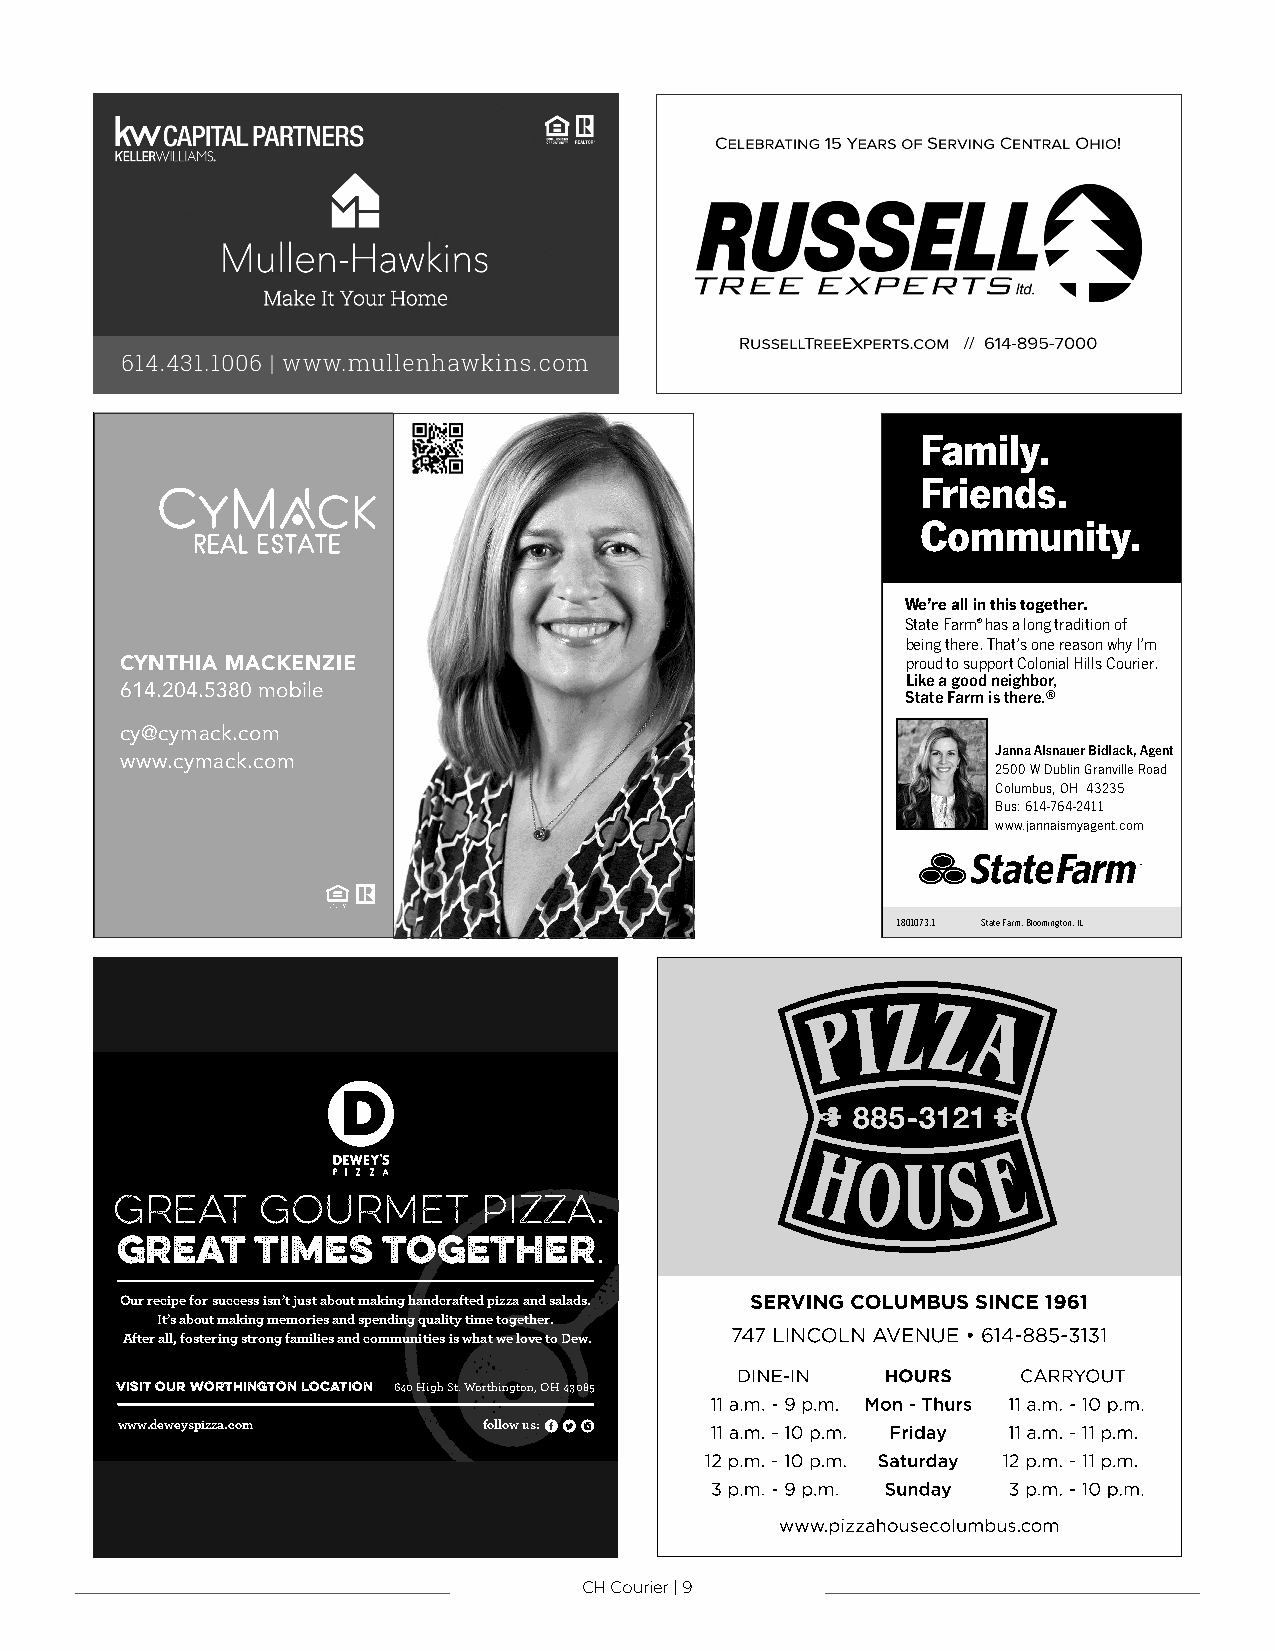
Family.
 Friends.
 Community.
 We’re all in this together.
 State Farm® has a long tradition of
 being there. That’s one reason why I’m
 CYNTHIA MACKENZIE                                   proud to support Colonial Hills Courier.
 Like a good neighbor,
 614.204.5380 mobile                                 State Farm is there.®
 CYNTHIA MACKENZIE
 cy@cymack.com
 614.848.8877 direct                                       Janna Alsnauer Bidlack, Agent
 w61w4w.20.c4y.5m38a0c kce.lclom
 2500 W Dublin Granville Road
 cy@cymack.com                                             Columbus, OH 43235
 www.cymack.com                                            Bus: 614-764-2411
 www.jannaismyagent.com
 1801073.1 State Farm, Bloomington, IL
 Great     gourmet        pizza.
 Great    times   together.
 Our recipe for success isn’t just about making handcrafted pizza and salads.
 It’s about making memories and spending quality time together.
 After all, fostering strong families and communities is what we love to Dew.
 VISIT OUR worthington LOCATION 640 High St. Worthington, OH 43085
 www.deweyspizza.com     follow us:
 CH Courier | 9